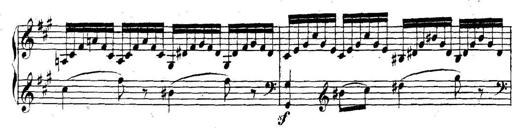
Title: Collected Piano Sonatas
Composer: Muzio Clementi